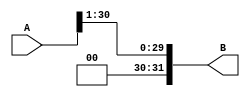
`timescale 1ns / 1ps
//////////////////////////////////////////////////////////////////////////////////
// Company: 
// Engineer: 
// 
// Design Name: 
// Module Name: arithmetic_right
// Project Name: 
// Target Devices: 
// Tool Versions: 
// Description: 
// 
// Dependencies: 
// 
// Revision:
// Revision 0.01 - File Created
// Additional Comments:
// 
//////////////////////////////////////////////////////////////////////////////////


module arithmetic_right(
    input [31:0] A,
    output [31:0] B
    );
    genvar i;
    assign B[30]=0;
    generate for(i=0;i<31;i=i+1) begin
        assign B[i]=A[i+1];
    end
    endgenerate
    assign B[31]=A[31];
endmodule